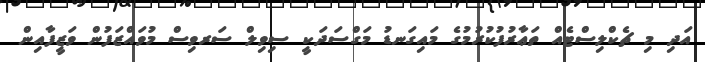
އަދި މި ޗެކްލިސްޓެއް ތަޢާރުފުކުރުމުގެ މައިގަނޑު މަގްސަދަކީ ސިވިލް ސަރވިސް މުވައްޒަފުން ވަޒީފާއިން